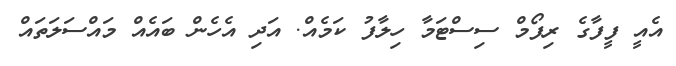
އެއީ ފީފާގެ ރިފޯމް ސިސްޓަމާ ހިލާފު ކަމެއް. އަދި އެހެން ބައެއް މައްސަލަތައް